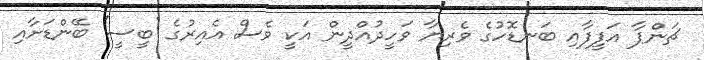
ޗަންޕާ އަފީފާއި ބަނޑޮހުގެ ވެރިޔާ ވަހީދުއްދީން އަކީ ވެސް އެއިރުގެ 'ބީސީ' ބޭންޑަށާއި